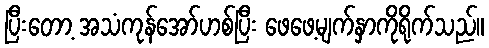
ပြီးတော့ အသံကုန်အော်ဟစ်ပြီး ဖေဖေ့မျက်နှာကိုရိုက်သည်။